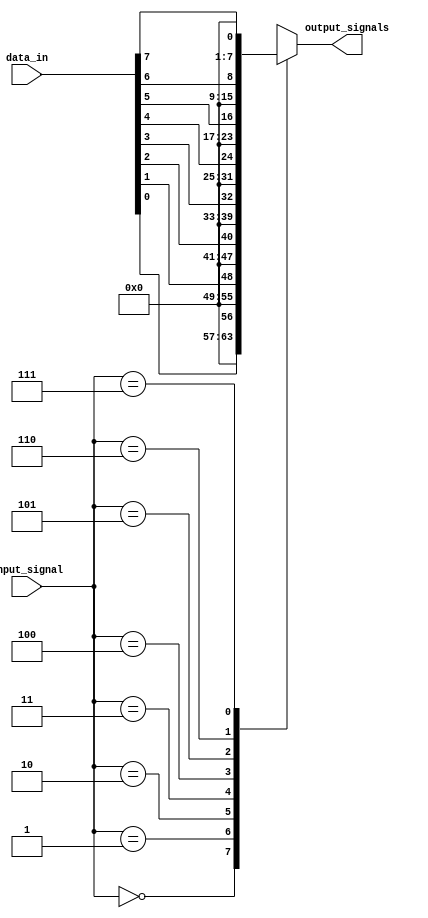
module Demultiplexer_1_to_8 (
    input [2:0] input_signal,
    input [7:0] data_in,
    output reg [7:0] output_signals
);

always @(*)
begin
    case(input_signal)
        3'b000: output_signals = data_in[0];
        3'b001: output_signals = data_in[1];
        3'b010: output_signals = data_in[2];
        3'b011: output_signals = data_in[3];
        3'b100: output_signals = data_in[4];
        3'b101: output_signals = data_in[5];
        3'b110: output_signals = data_in[6];
        3'b111: output_signals = data_in[7];
    endcase
end

endmodule